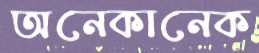
অনেকানেক